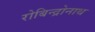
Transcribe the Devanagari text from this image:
रोबिन्द्रोनाथ